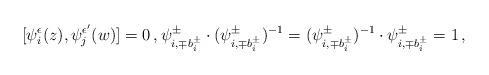
LaTeX: \begin{align*} [\psi_i^\epsilon(z),\psi_j^{\epsilon'}(w)]=0 \,, \psi^\pm_{i,\mp b^\pm_i}\cdot (\psi^\pm_{i,\mp b^\pm_i})^{-1}= (\psi^\pm_{i,\mp b^\pm_i})^{-1}\cdot \psi^\pm_{i,\mp b^\pm_i}=1 \,,\end{align*}